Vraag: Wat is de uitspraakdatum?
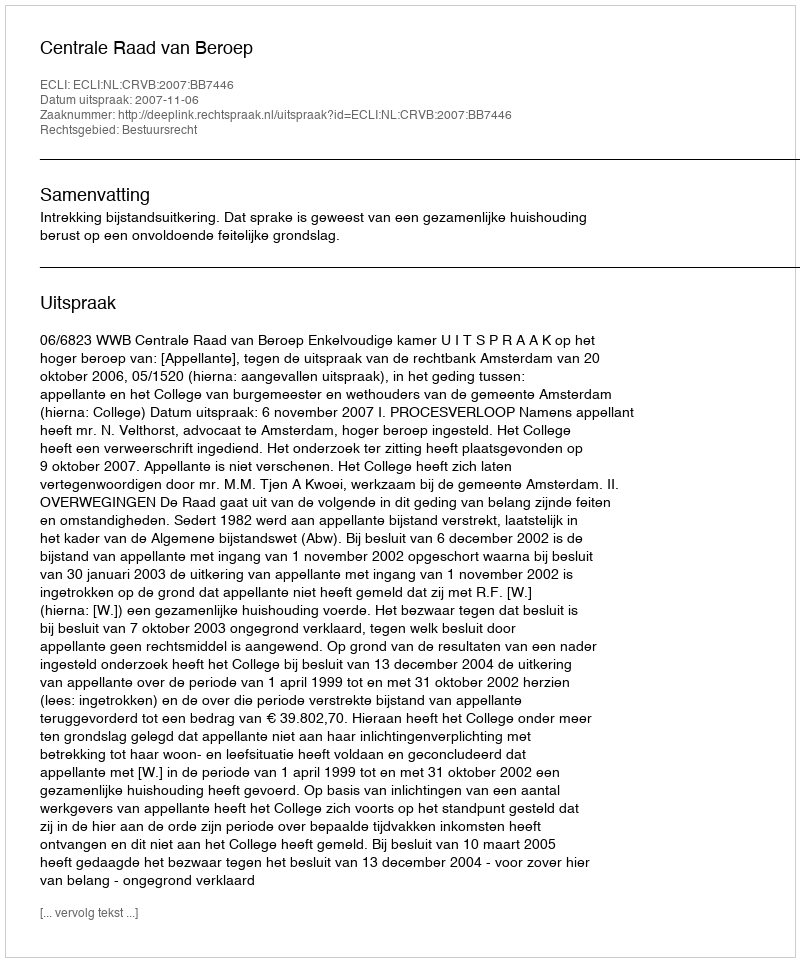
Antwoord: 2007-11-06